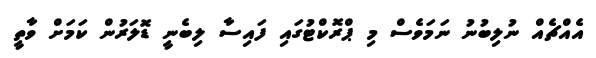
އެއްޗެއް ނުލިބުނު ނަމަވެސް މި ޕްރޮކްޓުގައި ފައިސާ ލިބެނީ ޑޮލަރުން ކަމަށް ވާތީ